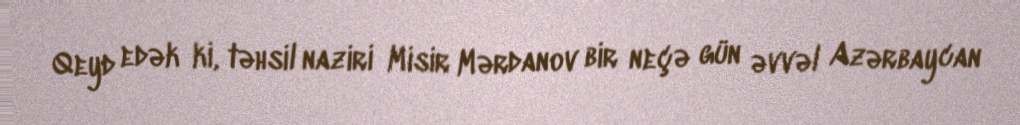
Qeyd edək ki, təhsil naziri Misir Mərdanov bir neçə gün əvvəl Azərbaycan